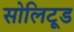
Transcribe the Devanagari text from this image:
सोलिटूड